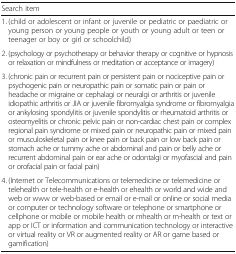
<table><thead><tr><td><b>Search item</b></td></tr></thead><tbody><tr><td>1. (child or adolescent or infant or juvenile or pediatric or paediatric or young person or young people or youth or young adult or teen or teenager or boy or girl or schoolchild)</td></tr><tr><td>2. (psychology or psychotherapy or behavior therapy or cognitive or hypnosis or relaxation or mindfulness or meditation or acceptance or imagery)</td></tr><tr><td>3. (chronic pain or recurrent pain or persistent pain or nociceptive pain or psychogenic pain or neuropathic pain or somatic pain or pain or headache or migraine or cephalagi or neuralgi or arthritis or juvenile idiopathic arthritis or JIA or juvenile fibromyalgia syndrome or fibromyalgia or ankylosing spondylitis or juvenile spondylitis or rheumatoid arthritis or osteomyelitis or chronic pelvic pain or non-cardiac chest pain or complex regional pain syndrome or mixed pain or neuropathic pain or mixed pain or musculoskeletal pain or knee pain or back pain or low back pain or stomach ache or tummy ache or abdominal and pain or belly ache or recurrent abdominal pain or ear ache or odontalgi or myofascial and pain or orofacial pain or facial pain)</td></tr><tr><td>4. (Internet or Telecommunications or telemedicine or telemedicine or telehealth or tele-health or e-health or ehealth or world and wide and web or www or web-based or email or e-mail or online or social media or computer or technology software or telephone or smartphone or cellphone or mobile or mobile health or mhealth or m-health or text or app or ICT or information and communication technology or interactive or virtual reality or VR or augmented reality or AR or game based or gamification)</td></tr></tbody></table>